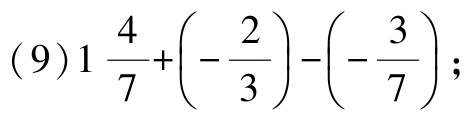
\((9)1\frac{4}{7}+\left(-\frac{2}{3}\right)-\left(-\frac{3}{7}\right);\)